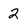
Character: 2